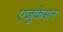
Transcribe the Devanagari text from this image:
एजुकेसन